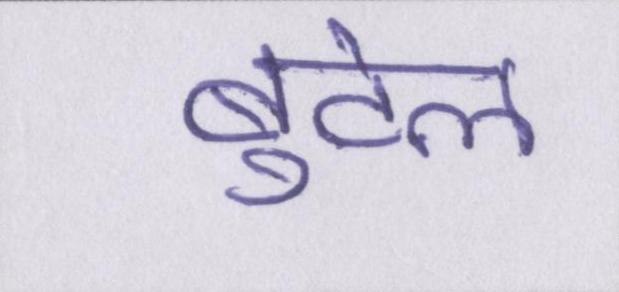
बुटेल